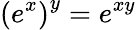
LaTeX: \left(e^{x}\right)^{y}=e^{xy}